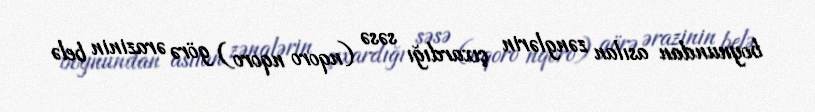
boynundan asılan zənglərin çıxardığı səsə (nqoro nqoro) görə ərazinin belə